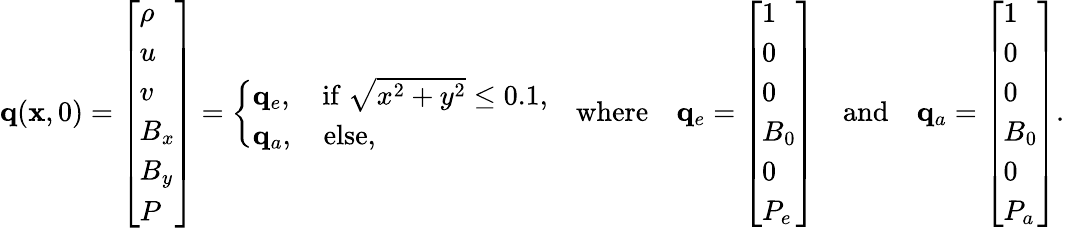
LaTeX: \mathbf{q}(\mathbf{x},0)=\left[\begin{array}{l}{\rho}\\ {u}\\ {v}\\ {B_{x}}\\ {B_{y}}\\ {P}\end{array}\right]=\left\{ \begin{array}{ll}{\mathbf{q}_{e},\quad\mathrm{if}\ \sqrt{x^{2}+y^{2}}\leq 0.1,}\\ {\mathbf{q}_{a},\quad\mathrm{else},}\end{array}\right.\quad\mathrm{where}\quad\mathbf{q}_{e}=\left[\begin{array}{l}{1}\\ {0}\\ {0}\\ {B_{0}}\\ {0}\\ {P_{e}}\end{array}\right]\quad\mathrm{and}\quad\mathbf{q}_{a}=\left[\begin{array}{l}{1}\\ {0}\\ {0}\\ {B_{0}}\\ {0}\\ {P_{a}}\end{array}\right].